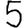
Digit: 5